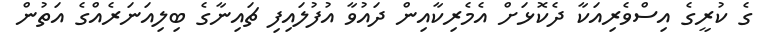
ގެ ކުރީގެ އިސްވެރިއަކާ ދެކޮޅަށް އެމެރިކާއިން ދައުވާ އުފުލައިފި ޗައިނާގެ ބިލިއަނަރެއްގެ އަތުން